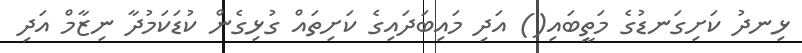
ޅިނދު ކަށިގަނޑުގެ މަތީބައި() އަދި މައިބަދައިގެ ކަށިތައް ގުޅިގެން ކުޑަކަމުދާ ނިޒާމް އަދި